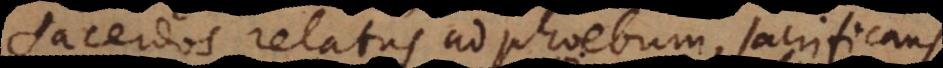
sacerdos relatus ad Phoebum, sacrificans